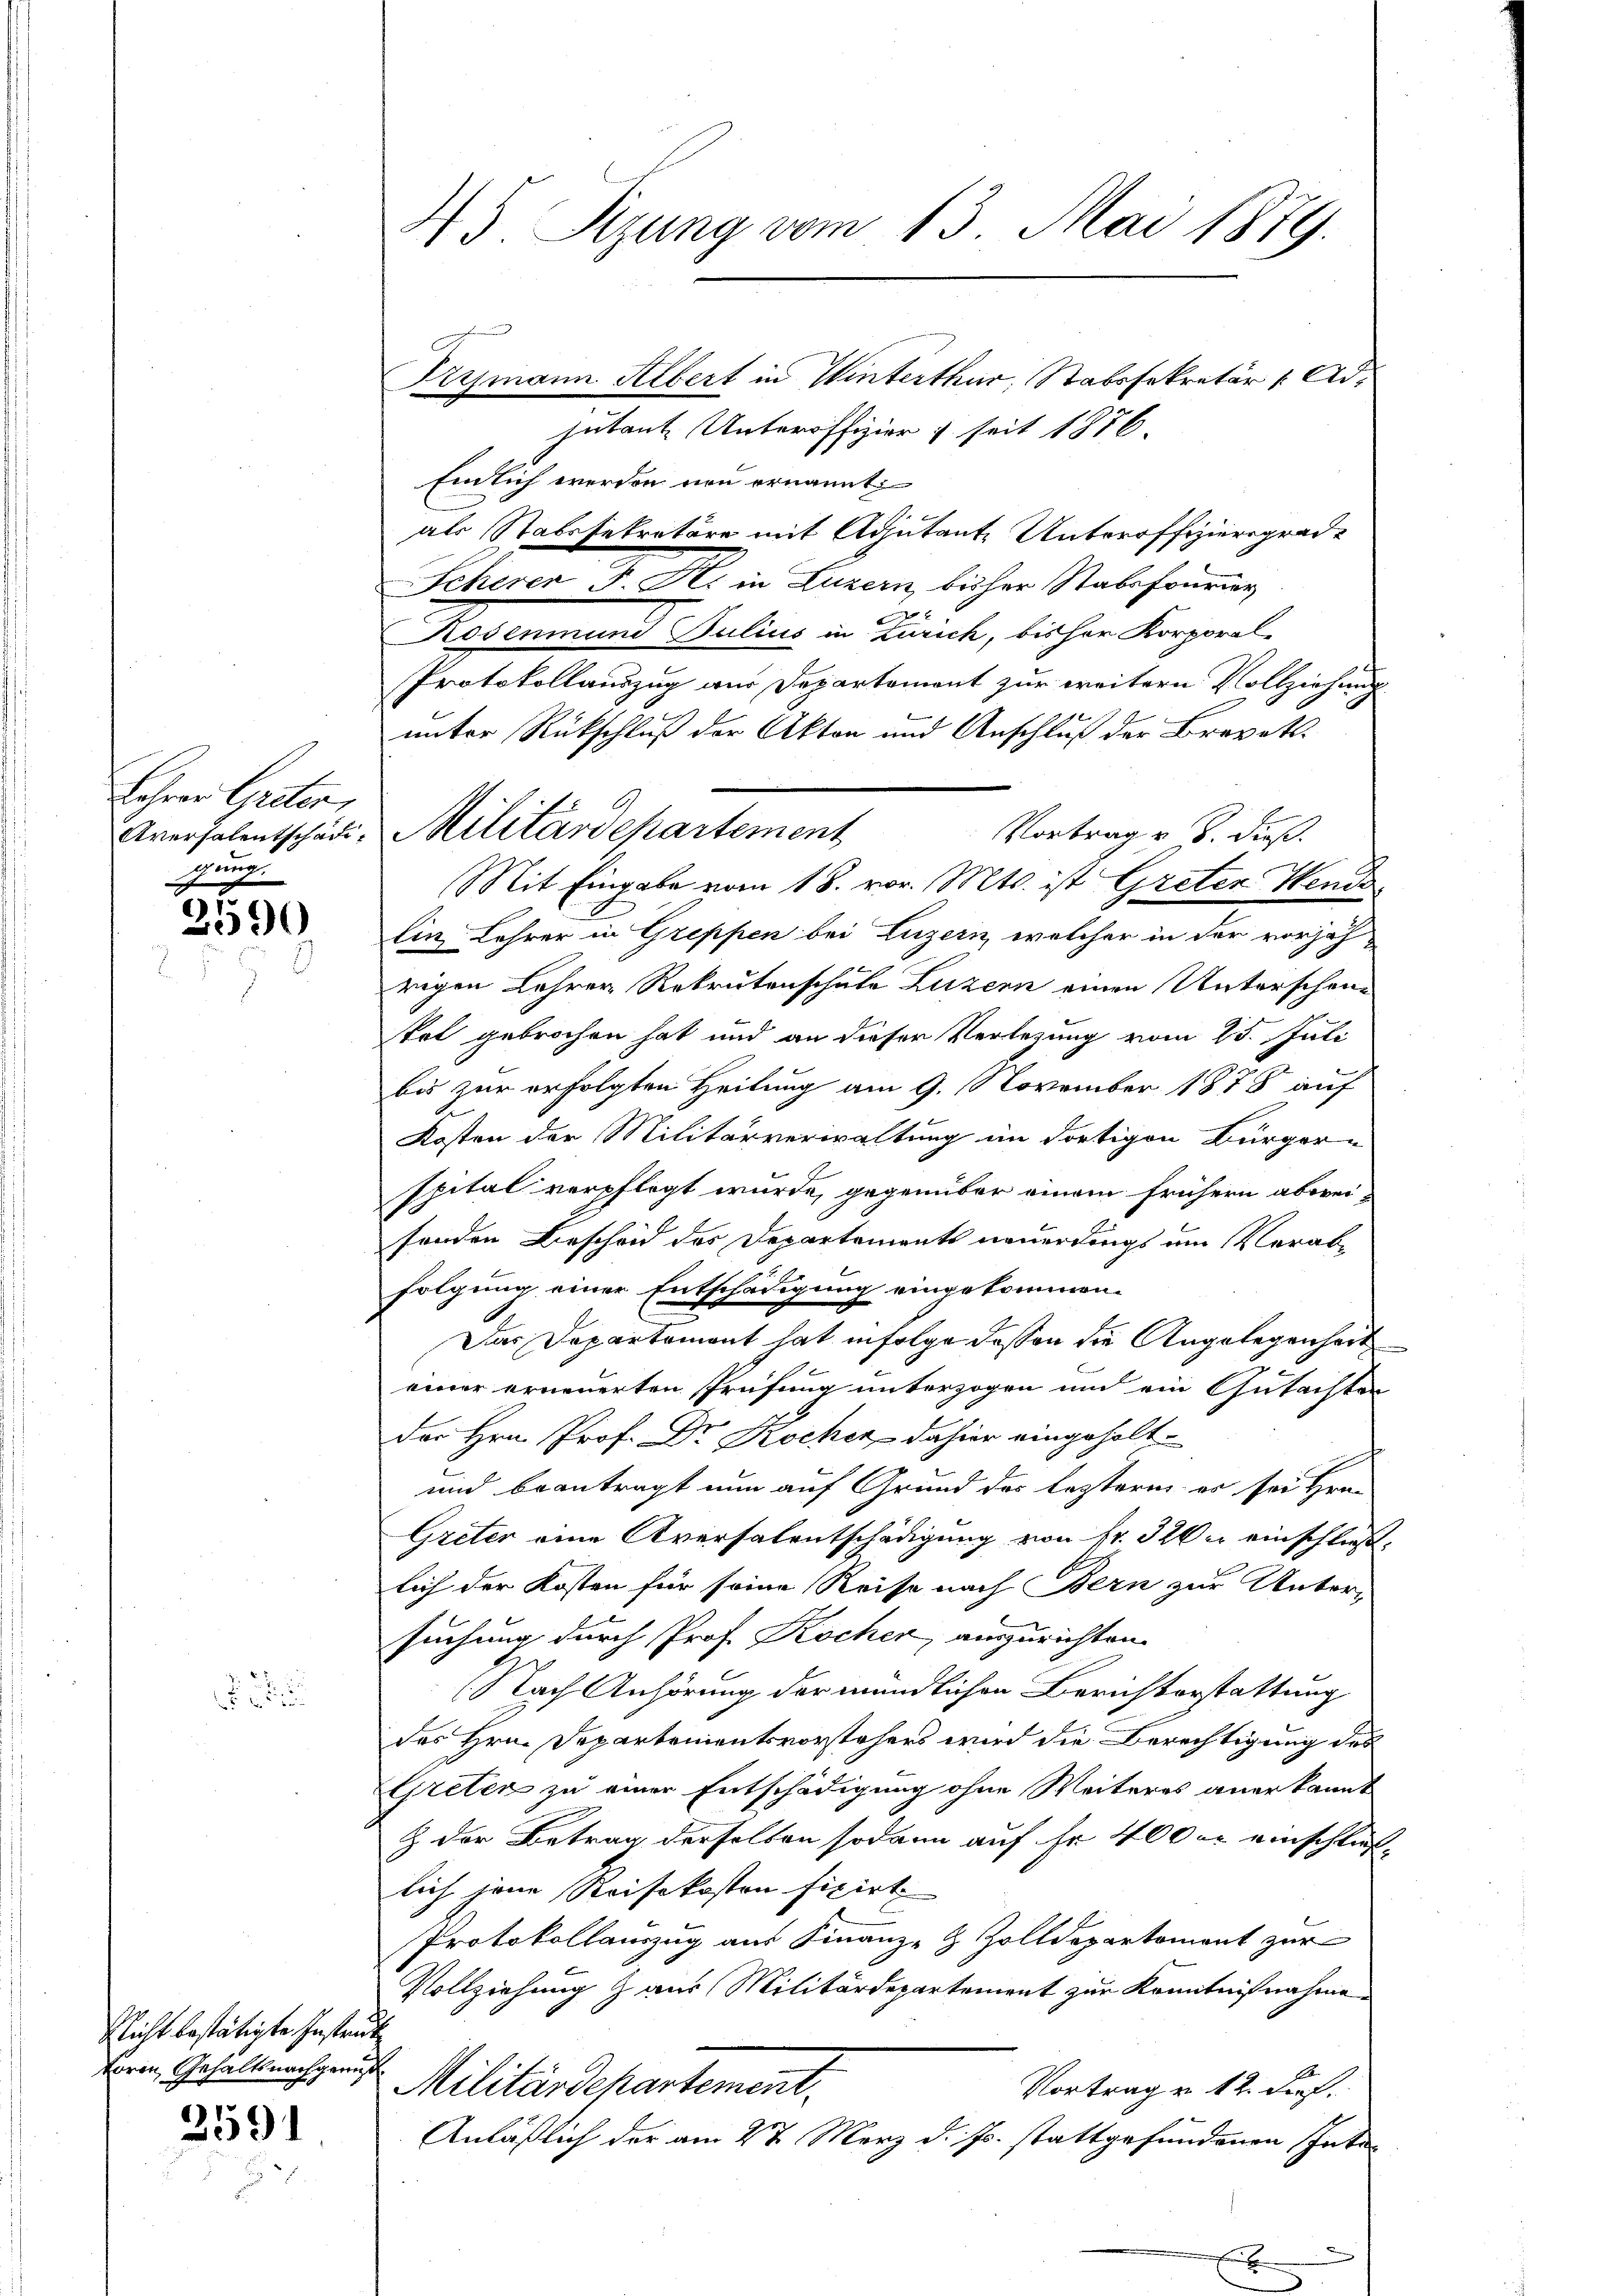
Lohrer Greten,
Aversalentschädigung.

h
2590

Nicht bestätigte Instruc
Loren Gehaltsnachgemeß

2591

45. Rizung vom 13. Mai 1879.

Militärdepartement

Prismann Albert in Winterthur, Stabssekretär Adjutante Unteroffizier & seit 1876.
Endlich werden non ernannt:
als Stabssekretäre mit Adjutant Unteroffiziersgrade
Scherer F. K. in Luzern, bisher Stabsfourier

Rosenmund Julius in Zürich, bisher Korporal-
Protokollauszug aus Departement zur weitern Vollziehung
unter Rückschluß der Akten und Anschluß der Brevet.
Vortrag u. S. dieß.
Mit Eingabe vom 18. vor. Mts. ist Greten Wends
lin Lehrer in Greppen bei Luzern, welcher in der vorjäh
wegen Lehrer Rekrutenschule Luzern einen Unterschen-
tot gebrochen hat und an dieser Verlesung vom 25. Juli
bis zur erfolgten Heilung am 9. November 1878 auf
Kosten der Militärverwaltung im dortigen Bürger-
spital verpflegt wurde, gegenüber einem frühern abwei-
1
fenden Bescheid des Departements neuerdings um Verabfolgung einer Entschädigung eingekommen.
Das Departement hat infolge dassen die Angelegenheit
einer erneuerten Prüfung unterzogen um ein Gutachten
Der Hrn. Prof. Dr. Kocher dahier eingeholt
und beantragt nun auf Grund des leztern es sei Hrn.
Greter eine Aversalentschädigung von fr. 32 einschließ,
lich der Kosten für seine Reise nach Bern zur Unter-
suchung durch Prof. Kochen, auszurichten.
(Nach Anhörung der mündlichen Berichterstattung
des Hrn. Departementsvorstehers wird die Berechtigung des
Greten zu einer Entschädigung ohne Weiteres anerkannt
& der Betrag derselben sodann auf Fr. 400 er einschließ
lich jene Reisekosten fixirt
Protokollauszug aus Finanz- & Zolldepartement zur
Vollziehung & aus Militärdepartement zur Kenntnißnahme
¬
f
Militärdehartement.
Vortrag v. 12. dief.
Anläßlich der am 2t März d. Js. stattgefundenen Inte¬